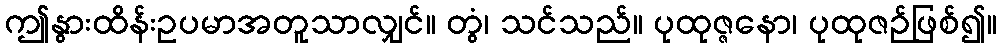
ဤနွားထိန်းဥပမာအတူသာလျှင်။ တွံ၊ သင်သည်။ ပုထုဇ္ဇနော၊ ပုထုဇဉ်ဖြစ်၍။